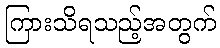
ကြားသိရသည့်အတွက်